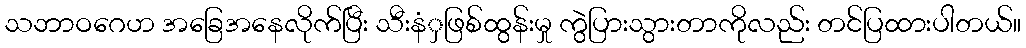
သဘာဝဂေဟ အခြေအနေလိုက်ပြီး သီးနံှဖြစ်ထွန်းမှု ကွဲပြားသွားတာကိုလည်း တင်ပြထားပါတယ်။